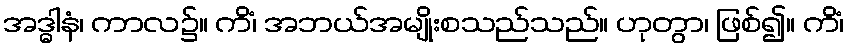
အဒ္ဓါနံ၊ ကာလ၌။ ကိံ၊ အဘယ်အမျိုးစသည်သည်။ ဟုတွာ၊ ဖြစ်၍။ ကိံ၊